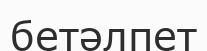
бетәлпет